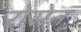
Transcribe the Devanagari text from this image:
रोसेन